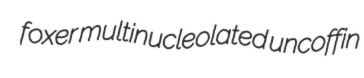
foxer multinucleolated uncoffin